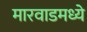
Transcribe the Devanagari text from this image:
मारवाडमध्ये